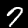
Digit: 7